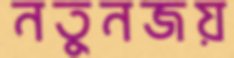
নতুনজয়